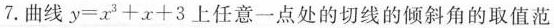
7.曲线 $$y = x ^ { 3 } + x + 3$$ 上任意一点处的切线的倾斜角的取值范